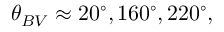
\theta _ { B V } \approx 2 0 ^ { \circ } , 1 6 0 ^ { \circ } , 2 2 0 ^ { \circ } ,